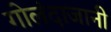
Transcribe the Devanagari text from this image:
गोलंदाजानी